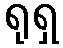
ရုရှ